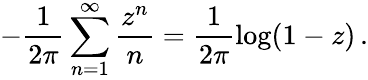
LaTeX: -\frac{1}{2\pi}\sum_{n=1}^{\infty}\frac{z^{n}}{n}=\frac{1}{2\pi}\log(1-z)\, .